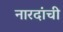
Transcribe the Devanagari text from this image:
नारदांची